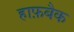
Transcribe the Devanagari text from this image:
हाफ़बैक